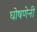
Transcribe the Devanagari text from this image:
घोषणेनी